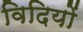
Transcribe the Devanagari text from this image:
विदियों